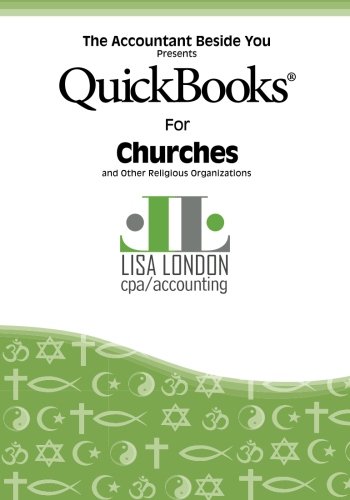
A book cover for QuickBooks for Churches and Other Religious Organizations (The Accountant Beside You); Lisa London; Computers & Technology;